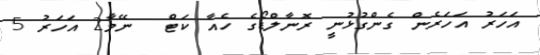
އަހަރު އަހަރެން ގެންގުޅުނީ ރޮނާލްޑޯގެ ހެއާ ކަޓް  ނޭމާ2 އަހަރު 5